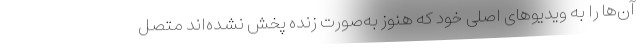
آن‌ها را به ویدیوهای اصلی خود که هنوز به‌صورت زنده پخش نشده‌اند متصل